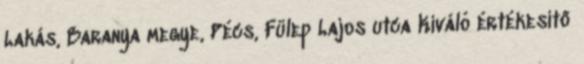
Lakás, Baranya megye, Pécs, Fülep Lajos utca Kiváló értékesítő